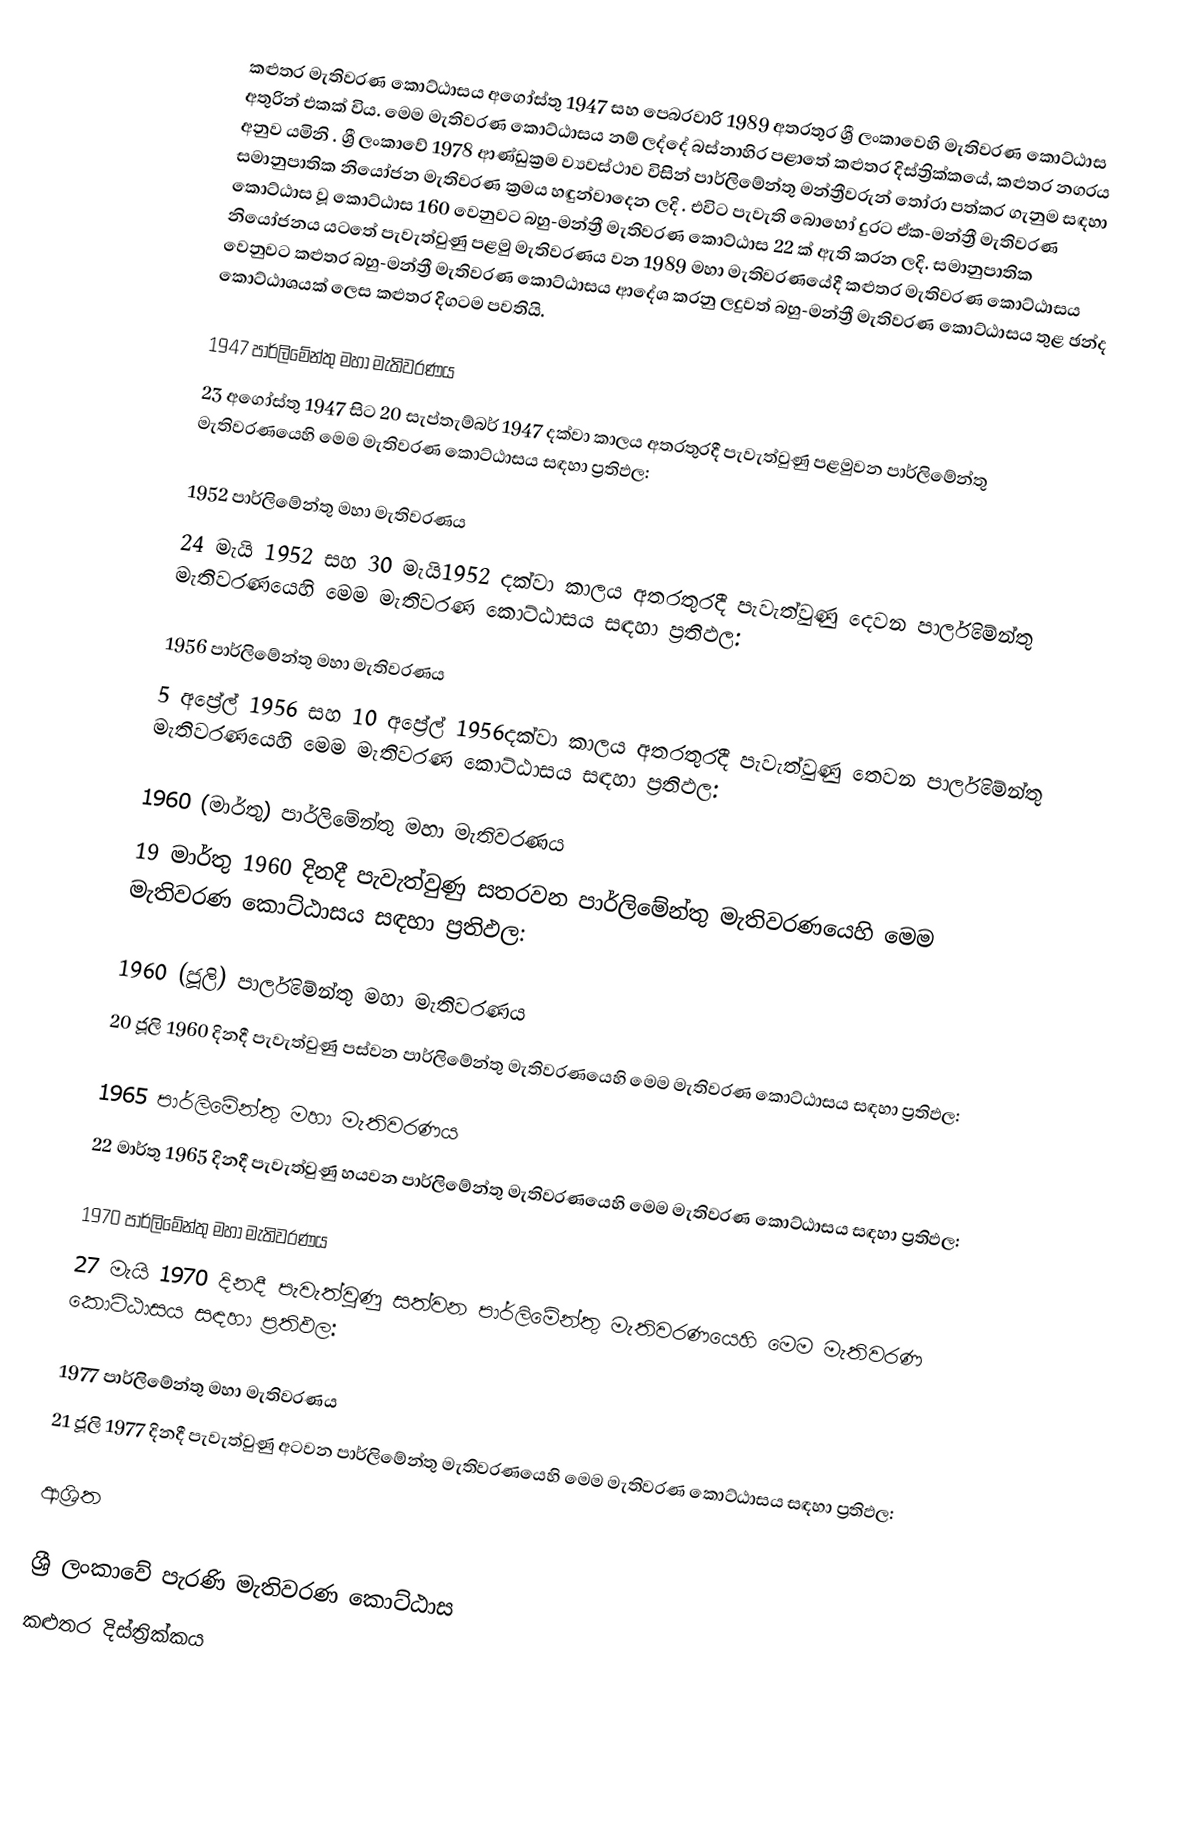
කළුතර මැතිවරණ කොට්ඨාසය  අගෝස්තු 1947 සහ පෙබරවාරි 1989 අතරතුර  ශ්‍රී ලංකාවෙහි  මැතිවරණ කොට්ඨාස අතුරින් එකක් විය. මෙම මැතිවරණ කොට්ඨාසය නම් ලද්දේ  බස්නාහිර පළාතේ  කළුතර දිස්ත්‍රික්කයේ,  කළුතර නගරය අනුව යමිනි . ශ්‍රී ලංකාවේ 1978 ආණ්ඩුක්‍රම ව්‍යවස්ථාව විසින්   පාර්ලිමේන්තු මන්ත්‍රීවරුන් තෝරා පත්කර ගැනුම සඳහා සමානුපාතික නියෝජන මැතිවරණ ක්‍රමය හඳුන්වාදෙන ලදි . එවිට පැවැති බොහෝ දුරට  ඒක-මන්ත්‍රී මැතිවරණ කොට්ඨාස වූ කොට්ඨාස 160 වෙනුවට බහු-මන්ත්‍රී මැතිවරණ කොට්ඨාස 22 ක් ඇති කරන ලදි. සමානුපාතික නියෝජනය යටතේ පැවැත්වුණු පළමු මැතිවරණය වන 1989 මහා මැතිවරණයේදී  කළුතර මැතිවරණ කොට්ඨාසය වෙනුවට  කළුතර බහු-මන්ත්‍රී මැතිවරණ කොට්ඨාසය  ආදේශ කරනු ලදුවත් බහු-මන්ත්‍රී මැතිවරණ කොට්ඨාසය තුළ ඡන්ද කොට්ඨාශයක් ලෙස කළුතර දිගටම පවතියි.

1947 පාර්ලිමේන්තු මහා මැතිවරණය
23 අගෝස්තු 1947 සිට 20 සැප්තැම්බර් 1947 දක්වා කාලය අතරතුරදී පැවැත්වුණු  පළමුවන පාර්ලිමේන්තු මැතිවරණයෙහි මෙම මැතිවරණ කොට්ඨාසය සඳහා ප්‍රතිඵල:

1952 පාර්ලිමේන්තු මහා මැතිවරණය
24 මැයි 1952 සහ 30 මැයි1952 දක්වා කාලය අතරතුරදී පැවැත්වුණු  දෙවන පාර්ලිමේන්තු මැතිවරණයෙහි මෙම මැතිවරණ කොට්ඨාසය සඳහා ප්‍රතිඵල:

1956 පාර්ලිමේන්තු මහා මැතිවරණය
5 අප්‍රේල් 1956 සහ 10 අප්‍රේල් 1956දක්වා කාලය අතරතුරදී පැවැත්වුණු  තෙවන පාර්ලිමේන්තු මැතිවරණයෙහි මෙම මැතිවරණ කොට්ඨාසය සඳහා ප්‍රතිඵල:

1960 (මාර්තු) පාර්ලිමේන්තු මහා මැතිවරණය
19 මාර්තු 1960 දිනදී පැවැත්වුණු  සතරවන පාර්ලිමේන්තු මැතිවරණයෙහි මෙම මැතිවරණ කොට්ඨාසය සඳහා ප්‍රතිඵල:

1960 (ජූලි) පාර්ලිමේන්තු මහා මැතිවරණය
20 ජූලි 1960 දිනදී පැවැත්වුණු  පස්වන පාර්ලිමේන්තු මැතිවරණයෙහි මෙම මැතිවරණ කොට්ඨාසය සඳහා ප්‍රතිඵල:

1965 පාර්ලිමේන්තු මහා මැතිවරණය
22 මාර්තු 1965  දිනදී පැවැත්වුණු  හයවන පාර්ලිමේන්තු මැතිවරණයෙහි මෙම මැතිවරණ කොට්ඨාසය සඳහා ප්‍රතිඵල:

1970 පාර්ලිමේන්තු මහා මැතිවරණය
27 මැයි 1970 දිනදී පැවැත්වුණු  සත්වන පාර්ලිමේන්තු මැතිවරණයෙහි මෙම මැතිවරණ කොට්ඨාසය සඳහා ප්‍රතිඵල:

1977 පාර්ලිමේන්තු මහා මැතිවරණය
21 ජූලි 1977 දිනදී පැවැත්වුණු  අටවන පාර්ලිමේන්තු මැතිවරණයෙහි මෙම මැතිවරණ කොට්ඨාසය සඳහා ප්‍රතිඵල:

ආශ්‍රිත

ශ්‍රී ලංකාවේ පැරණි මැතිවරණ කොට්ඨාස
 කළුතර දිස්ත්‍රික්කය